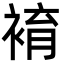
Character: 䘻